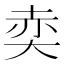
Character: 𡘥